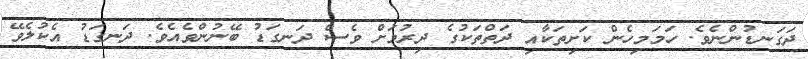
ދަގަނޑުންނެވެ. ހަމަމިހެން ކަށިތަކާއި ދަތްތަކުގެ ދިރުމަށް ވެސް ދަނގަޑު ބޭނުންވެއެވެ. ދަނގަޑު އެކުލެވޭ